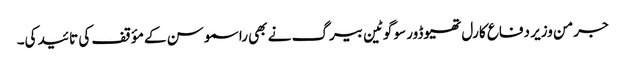
جرمن وزیر دفاع کارل تھیوڈور سو گوٹین بیرگ نے بھی راسموسن کے مؤقف کی تائید کی۔